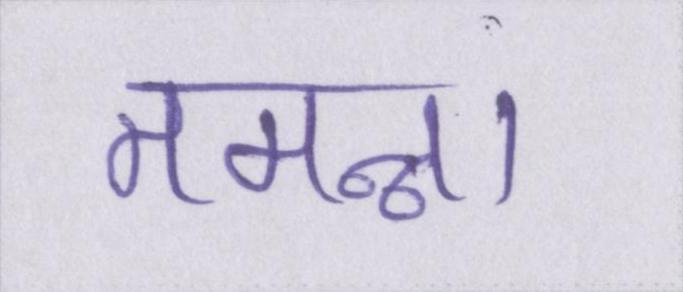
तमन्ना